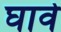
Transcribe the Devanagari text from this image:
घावे